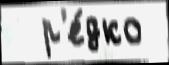
  р'е́дко